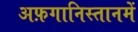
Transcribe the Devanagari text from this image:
अफ़गानिस्तानमें